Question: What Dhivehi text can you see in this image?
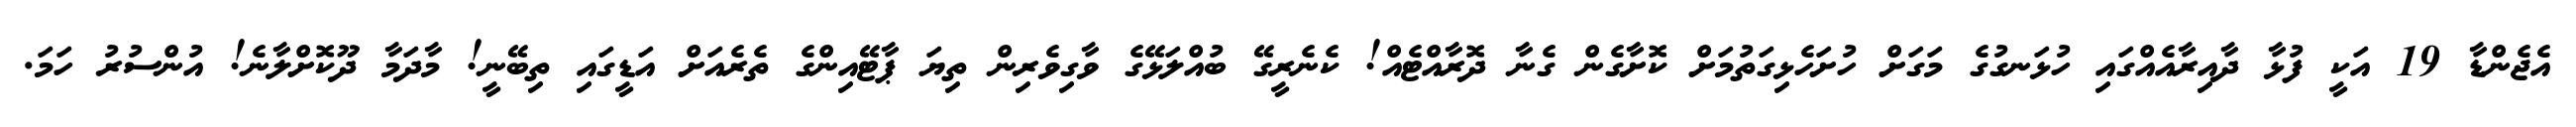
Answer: އެޖެންޑާ 19 އަކީ ފުޅާ ދާއިރާއެއްގައި ހުޅަނގުގެ މަގަށް ހުށަހެޅިގަތުމަށް ކޮށާގެން ގެނާ ދޮރާއްޓެއް! ކެނެރީގޭ ބުއްލަޅޭގެ ވާގިވެރިން ތިޔަ ޕާޓޭއިންގެ ތެރެއަށް އަޑީގައި ތިބޭނީ! މާދަމާ ދޫކޮށްލާނެ! އުންސުރު ހަމަ.